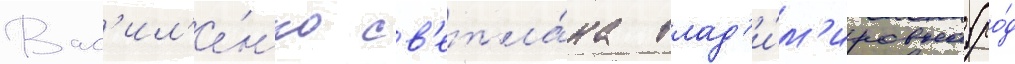
Вас'ил'е́нко св'етла́на влад'и́м'ировна (ро́д